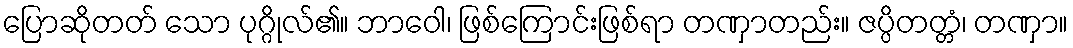
ပြောဆိုတတ် သော ပုဂ္ဂိုလ်၏။ ဘာဝေါ၊ ဖြစ်ကြောင်းဖြစ်ရာ တဏှာတည်း။ ဇပ္ပိတတ္တံ၊ တဏှာ။